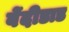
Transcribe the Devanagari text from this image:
वेंदीडाड